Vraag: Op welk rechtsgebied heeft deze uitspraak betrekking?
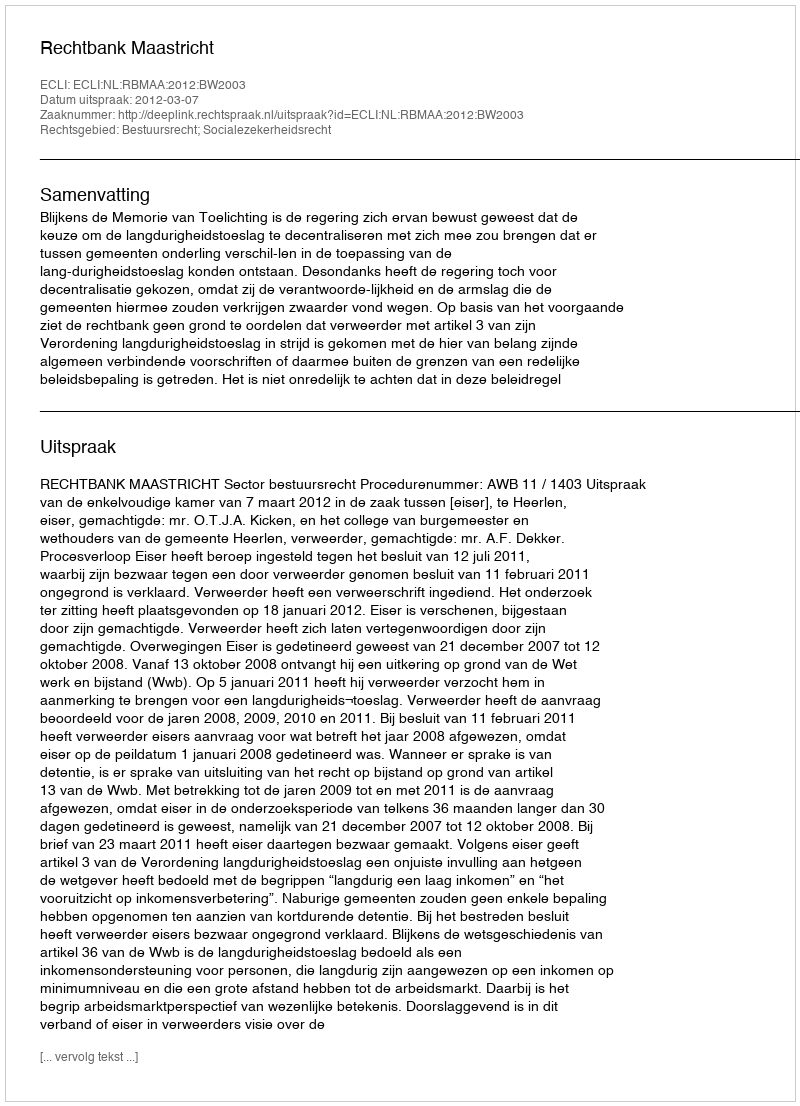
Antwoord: Bestuursrecht; Socialezekerheidsrecht